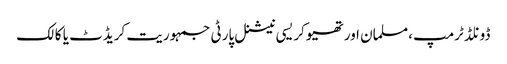
ڈونلڈ ٹرمپ ،مسلمان اور تھیوکریسی نیشنل پارٹی جمہوریت کریڈٹ یا کالک